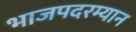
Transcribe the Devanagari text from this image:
भाजपदरम्यान